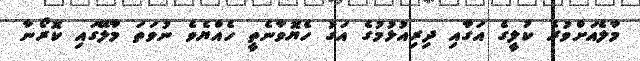
މާލެއަށްވުރެ ކުލީގެ އަގާއި ދިރިއުޅުމުގެ އަގު ހެޔޮވާނެތީ ހެއްޔެވެ ނުވަތަ މާލޭގައި ކޮރޯނާ